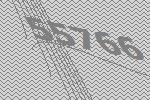
55766